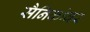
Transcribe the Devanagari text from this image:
सैनिकांवर